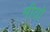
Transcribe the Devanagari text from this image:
मीयो